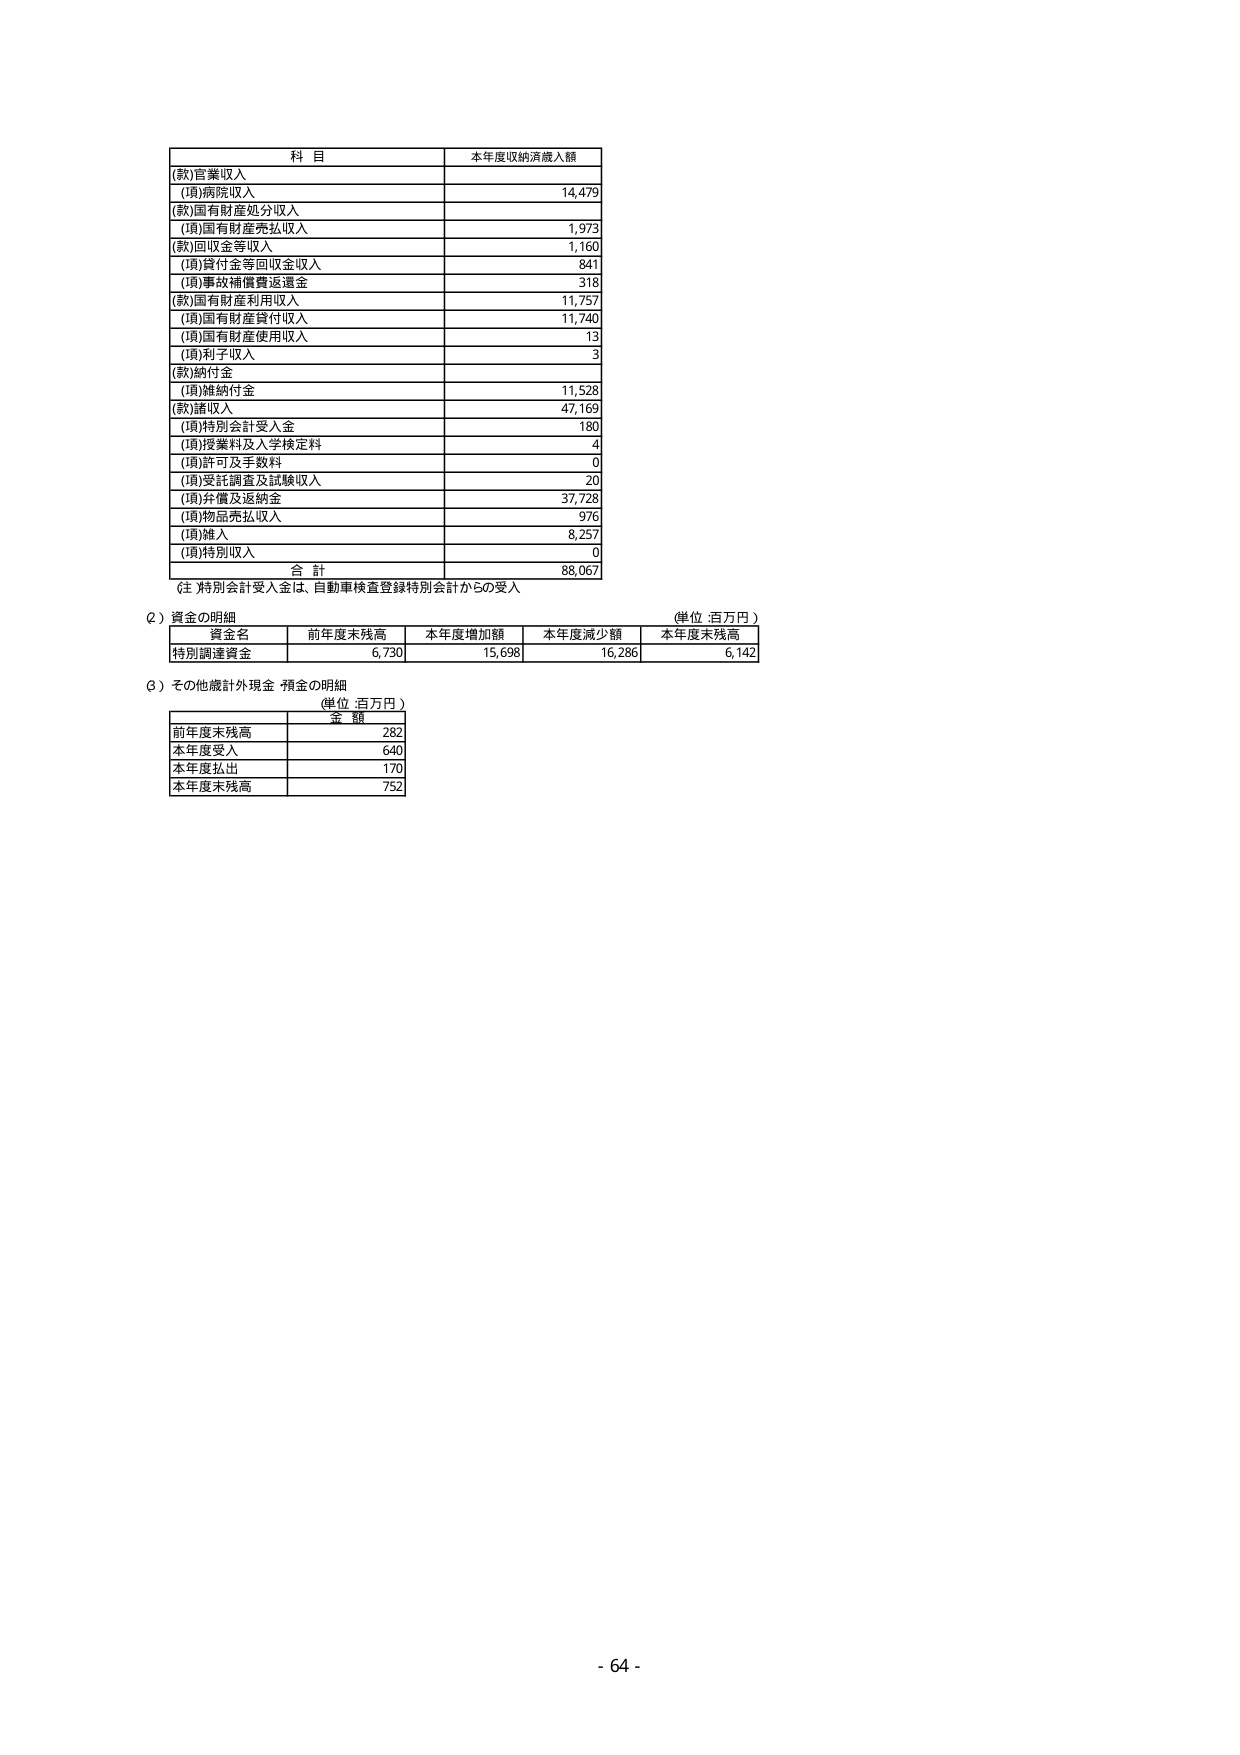
科 目 本年度収納済歳入額
(款)官業収入
(項)病院収入 14,479
(款)国有財産処分収入
(項)国有財産売払収入 1,973
(款)回収金等収入 1,160
(項)貸付金等回収金収入 841
(項)事故補償費返還金 318
(款)国有財産利用収入 11,757
(項)国有財産貸付収入 11,740
(項)国有財産使用収入 13
(項)利子収入 3
(款)納付金
(項)維納付金 11,528
(款)諸収入 47,169
(項)特別会計受入金 180
(項)授業料及入学検定料 4
(項)許可及手数料 0
(項)受託調査及試験収入 20
(項)弁償及返納金 37,728
(項)物品売払収入 976
(項)雑入 8,257
(項)特別収入 0
合 計 88,067
(注)特別会計受入金は、自動車検査登録特別会計からの受入
(2) 資金の明細 (単位：百万円)
資金名 前年度末残高 本年度増加額 本年度減少額 本年度末残高
特別調達資金 6,730 15,698 16,286 6,142
(3) その他歳計外現金・預金の明細 (単位：百万円)
金 額
前年度末残高 282
本年度受入 640
本年度払出 170
本年度末残高 752
- 64 -